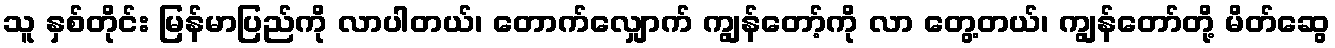
သူ နှစ်တိုင်း မြန်မာပြည်ကို လာပါတယ်၊ တောက်လျှောက် ကျွန်တော့်ကို လာ တွေ့တယ်၊ ကျွန်တော်တို့ မိတ်ဆွေ